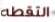
التقطه